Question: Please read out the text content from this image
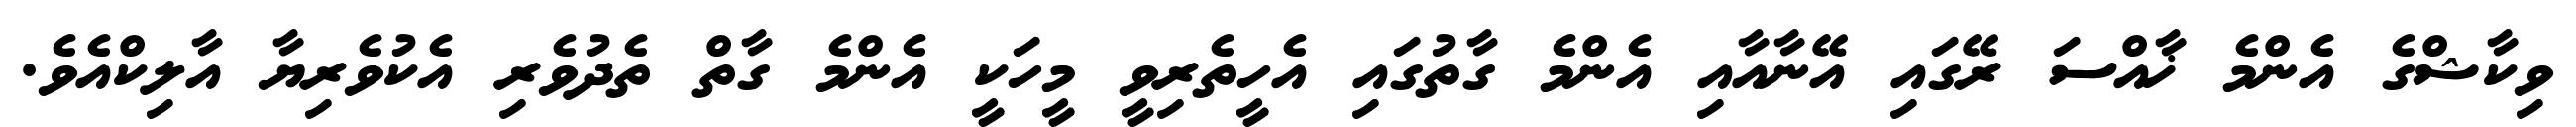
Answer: ވިކާޝްގެ އެންމެ ޚާއްސަ ރޭގައި އޭނާއާއި އެންމެ ގާތުގައި އެހީތެރިވީ މީހަކީ އެންމެ ގާތް ތެދުވެރި އެކުވެރިޔާ އާލިކްއެވެ.